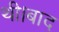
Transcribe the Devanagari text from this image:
थी।बाद